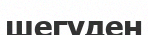
шегуден